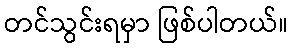
တင်သွင်းရမှာ ဖြစ်ပါတယ်။